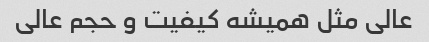
عالی مثل همیشه کیفیت و حجم عالی